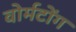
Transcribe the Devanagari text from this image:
वोर्मटोंग